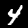
Label: 4